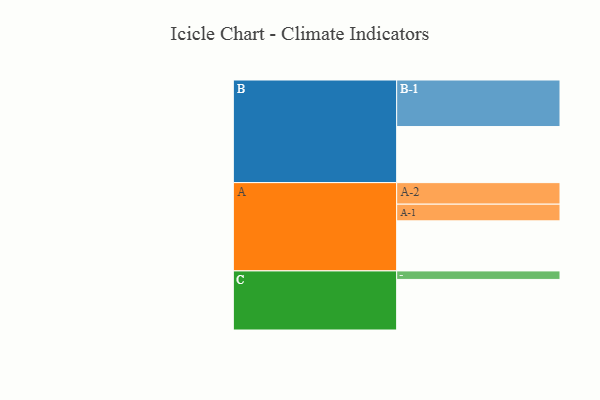
{"axis": {"x": "Segment", "y": "Value"}, "legend": ["", "A", "B", "C"], "data": [{"x": "A", "y": 300, "type": ""}, {"x": "B", "y": 336, "type": ""}, {"x": "C", "y": 303, "type": ""}, {"x": "A-1", "y": 100, "type": "A"}, {"x": "A-2", "y": 129, "type": "A"}, {"x": "B-1", "y": 279, "type": "B"}, {"x": "C-1", "y": 51, "type": "C"}]}